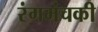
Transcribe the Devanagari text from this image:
रंगमंचकी